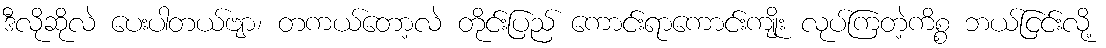
ဒီလိုဆိုလဲ ပေးပါတယ်ဗျာ၊ တကယ်တော့လဲ တိုင်းပြည် ကောင်းရာကောင်းကျိုး လုပ်ကြတဲ့ကိစ္စ ဘယ်ငြင်းလို့